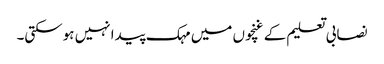
نصابی تعلیم کے غنچوں میں مہک پیدا نہیں ہوسکتی۔